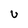
Character: u